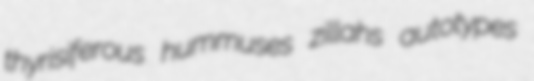
thyrisiferous hummuses zillahs autotypes